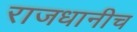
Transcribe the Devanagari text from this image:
राजधानीच